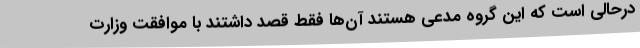
درحالی است که این گروه مدعی هستند آن‌ها فقط قصد داشتند با موافقت وزارت